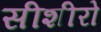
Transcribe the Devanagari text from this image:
सीशीरो